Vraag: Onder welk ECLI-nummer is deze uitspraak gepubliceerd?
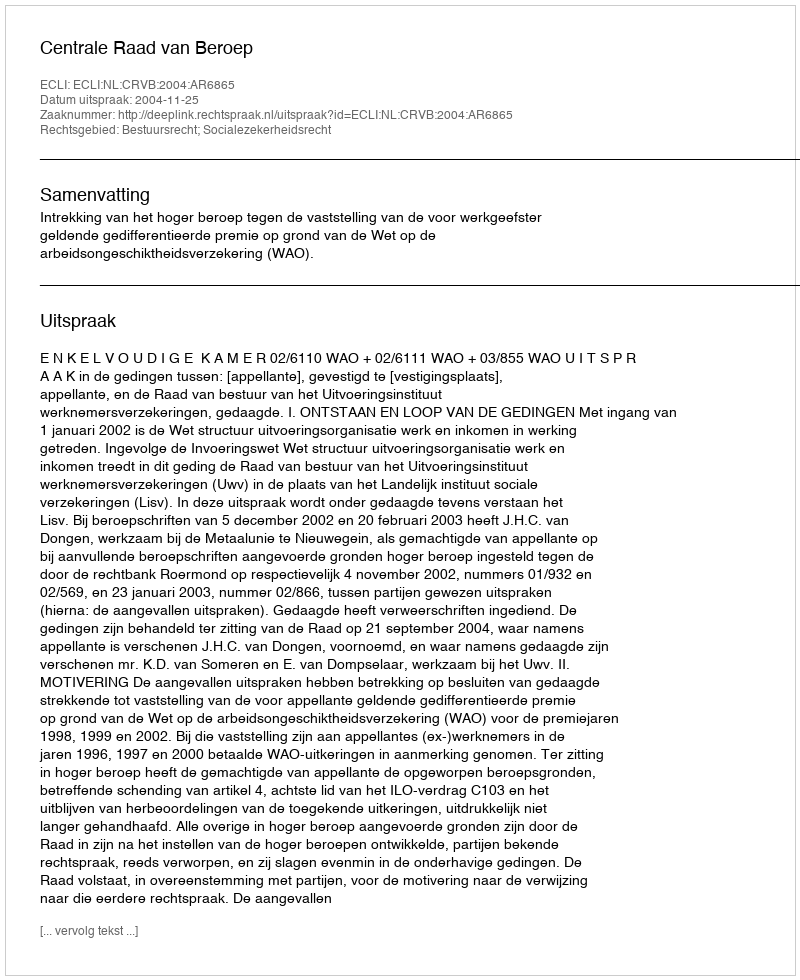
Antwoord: ECLI:NL:CRVB:2004:AR6865